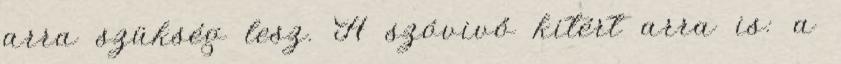
arra szükség lesz. A szóvivő kitért arra is: a